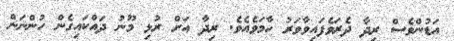
އަޑުންވެސް ރިދާ ދެރަވެފައިވާވަރު ހާމަވެއެވެ. ރިދާ އަށް ރުޅި މޫނު ދައްކައިގެން ހުންނަން